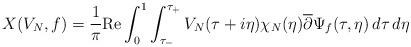
LaTeX: \begin{align*} X(V_{N},f) = \frac{1}{\pi}\mathrm{Re}\int_{0}^{1}\int_{\tau_{-}}^{\tau_{+}}V_{N}(\tau+i\eta)\chi_{N}(\eta)\overline{\partial} \Psi_{f}(\tau,\eta)\,d\tau\,d\eta\end{align*}